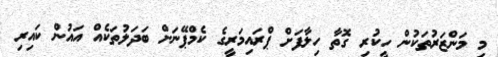
މި މަންޒަރުތަކުން ހީކުރި ގޮތާ ހިލާފަށް ޕްރައިމަރީގެ ކެމްޕޭނަށް ބަދަލުތަކެއް އައުން ކައިރި